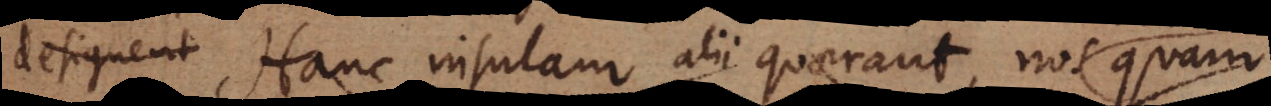
etzt: Hanc insulam alii quaerant, nos hanc